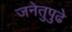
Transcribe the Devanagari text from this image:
जनेतुपुढे